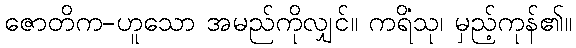
ဇောတိက-ဟူသော အမည်ကိုလျှင်။ ကရိံသု၊ မှည့်ကုန်၏။